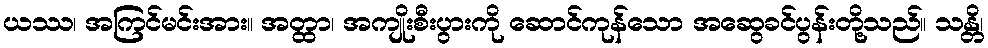
ယဿ၊ အကြင်မင်းအား။ အတ္ထာ၊ အကျိုးစီးပွားကို ဆောင်ကုန်သော အဆွေခင်ပွန်းတို့သည်။ သန္တိ၊